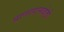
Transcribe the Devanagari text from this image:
प्राणापानवोढी